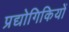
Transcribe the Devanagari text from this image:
प्रद्योगिकियों